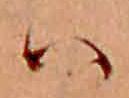
ハ